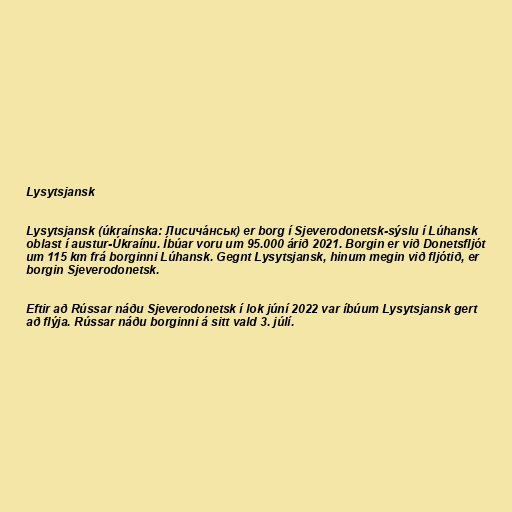
Lysytsjansk

Lysytsjansk (úkraínska: Лисича́нськ) er borg í Sjeverodonetsk-sýslu í Lúhansk
oblast í austur-Úkraínu. Íbúar voru um 95.000 árið 2021. Borgin er við Donetsfljót
um 115 km frá borginni Lúhansk. Gegnt Lysytsjansk, hinum megin við fljótið, er
borgin Sjeverodonetsk.

Eftir að Rússar náðu Sjeverodonetsk í lok júní 2022 var íbúum Lysytsjansk gert
að flýja. Rússar náðu borginni á sitt vald 3. júlí.